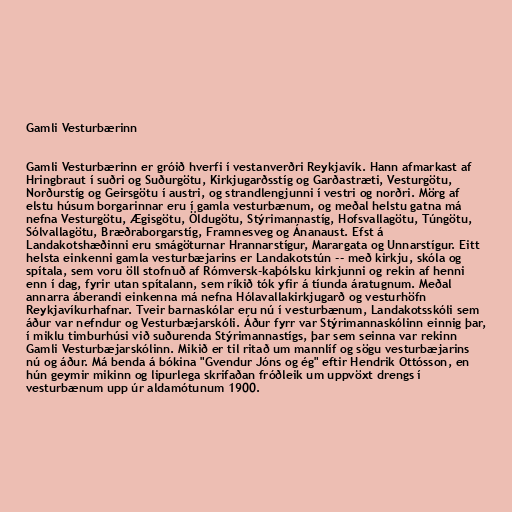
Gamli Vesturbærinn

Gamli Vesturbærinn er gróið hverfi í vestanverðri Reykjavík. Hann afmarkast af
Hringbraut í suðri og Suðurgötu, Kirkjugarðsstíg og Garðastræti, Vesturgötu,
Norðurstíg og Geirsgötu í austri, og strandlengjunni í vestri og norðri. Mörg af
elstu húsum borgarinnar eru í gamla vesturbænum, og meðal helstu gatna má
nefna Vesturgötu, Ægisgötu, Öldugötu, Stýrimannastíg, Hofsvallagötu, Túngötu,
Sólvallagötu, Bræðraborgarstíg, Framnesveg og Ánanaust. Efst á
Landakotshæðinni eru smágöturnar Hrannarstígur, Marargata og Unnarstígur. Eitt
helsta einkenni gamla vesturbæjarins er Landakotstún -- með kirkju, skóla og
spítala, sem voru öll stofnuð af Rómversk-kaþólsku kirkjunni og rekin af henni
enn í dag, fyrir utan spítalann, sem ríkið tók yfir á tíunda áratugnum. Meðal
annarra áberandi einkenna má nefna Hólavallakirkjugarð og vesturhöfn
Reykjavíkurhafnar. Tveir barnaskólar eru nú í vesturbænum, Landakotsskóli sem
áður var nefndur og Vesturbæjarskóli. Áður fyrr var Stýrimannaskólinn einnig þar,
í miklu timburhúsi við suðurenda Stýrimannastígs, þar sem seinna var rekinn
Gamli Vesturbæjarskólinn. Mikið er til ritað um mannlíf og sögu vesturbæjarins
nú og áður. Má benda á bókina "Gvendur Jóns og ég" eftir Hendrik Ottósson, en
hún geymir mikinn og lipurlega skrifaðan fróðleik um uppvöxt drengs í
vesturbænum upp úr aldamótunum 1900.